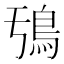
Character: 𮬧